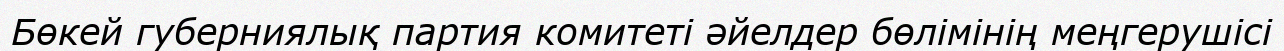
Бөкей губерниялық партия комитеті әйелдер бөлімінің меңгерушісі